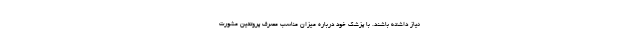
نیاز داشته باشند. با پزشک خود درباره میزان مناسب مصرف پروتئین مشورت